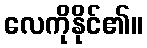
လေကိုနိုင်၏။